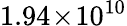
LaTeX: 1.94\! \times\! 10^{10}